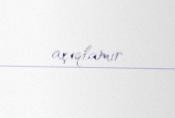
açıqlamır.